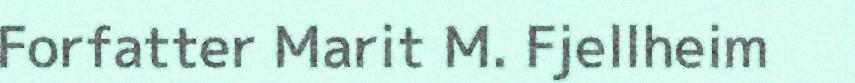
Forfatter Marit M. Fjellheim